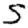
Digit: 5